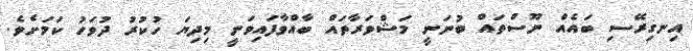
އިނގިރޭސި ބައެއް ނޫސްތައް ބުނަނީ މަޝްވަރާތައް ބާއްވާފައިވަނީ މިދިޔަ ހުކުރު ދުވަހު ކަމަށެވެ.